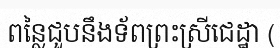
ពន្លៃជួបនឹងទ័ពព្រះស្រីជេដ្ឋា (